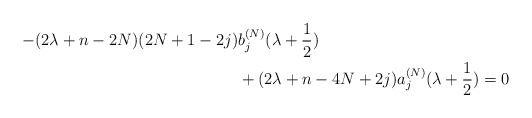
\begin{align*} -(2\lambda+n-2N)(2N+1-2j)&b_j^{(N)}(\lambda+\frac{1}{2}) \\ &+(2\lambda +n-4N+2j)a_{j}^{(N)}(\lambda+\frac{1}{2})=0 \end{align*}